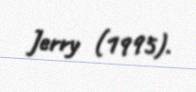
Jerry (1995).